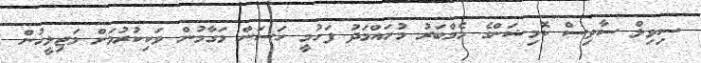
ސިވިލް ސާވިސް ކޮމިޝަންގެ މެމްބަރު މުހައްމަދު ފަހުމީ ހަސަން މަގާމުން ވަކިކުރުމަށް މަޖިލީހުން